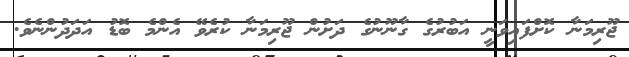
ޖޫރިމަނާ ކޮށްފައިވަނީ އަބުރުގެ ގާނޫނުގެ ދަށުން ޖޫރިމަނާ ކުރެވޭ އެންމެ ބޮޑު އަދަދުންނެވެ.